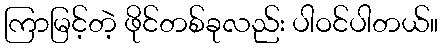
ကြာမြင့်တဲ့ ဖိုင်တစ်ခုလည်း ပါဝင်ပါတယ်။